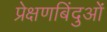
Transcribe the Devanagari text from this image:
प्रेक्षणबिंदुओं